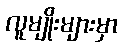
လူမျိုးများမှာ